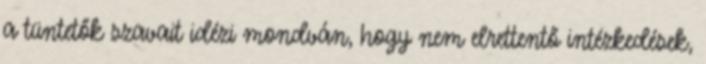
a tüntetők szavait idézi mondván, hogy nem elrettentő intézkedések,